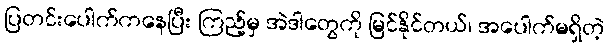
ပြတင်းပေါက်ကနေပြီး ကြည့်မှ အဲဒါတွေကို မြင်နိုင်တယ်၊ အပေါက်မရှိတဲ့